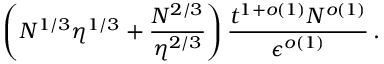
\left( N ^ { 1 / 3 } \eta ^ { 1 / 3 } + \frac { N ^ { 2 / 3 } } { \eta ^ { 2 / 3 } } \right) \frac { t ^ { 1 + o ( 1 ) } N ^ { o ( 1 ) } } { \epsilon ^ { o ( 1 ) } } \, .